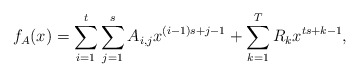
\begin{align*} f_A(x) = \sum_{i=1}^t\sum_{j=1}^s A_{i,j}x^{(i-1)s+j-1} + \sum_{k=1}^{T} R_kx^{ts+k-1}, \end{align*}